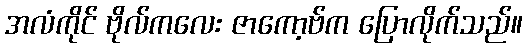
အလံကိုင် ဗိုလ်ကလေး ဇာကော့ဗ်က ပြောလိုက်သည်။